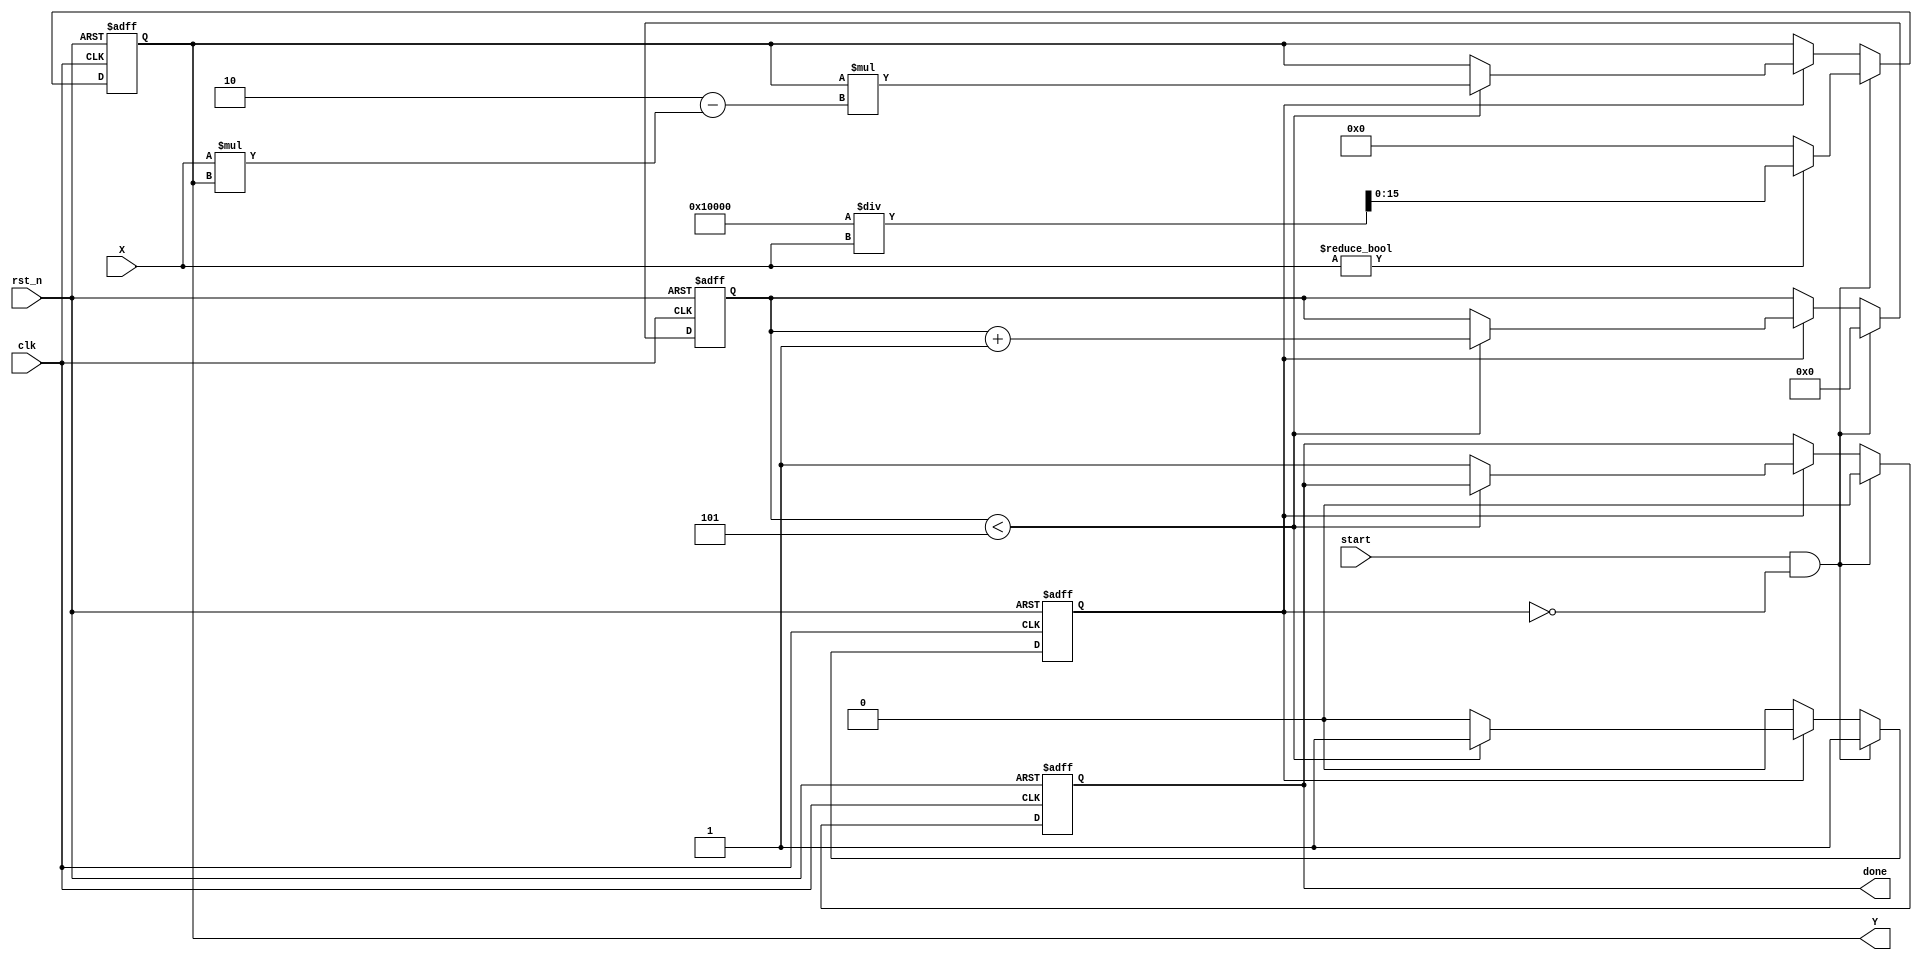
module iterative_reciprocal #(
    parameter WIDTH = 16,          // Width of input and output
    parameter ITERATIONS = 5       // Number of iterations for convergence
)(
    input  wire clk,               // Clock signal
    input  wire rst_n,             // Active low reset
    input  wire start,             // Start signal for computation
    input  wire [WIDTH-1:0] X,     // Input value for which reciprocal is computed
    output reg [WIDTH-1:0] Y,      // Output reciprocal value
    output reg done                // Done signal indicating completion
);

    reg [WIDTH-1:0] Y_n;           // Current estimate of reciprocal
    reg [3:0] iteration_count;      // Iteration counter
    reg computing;                  // Flag to indicate if computation is ongoing

    // Initial guess for reciprocal (1/X)
    always @(*) begin
        if (X != 0) begin
            Y_n = (1 << WIDTH) / X; // Initial guess: 1.0 in fixed-point representation
        end else begin
            Y_n = 0; // Handle division by zero case
        end
    end

    // Iterative computation process
    always @(posedge clk or negedge rst_n) begin
        if (!rst_n) begin
            Y <= 0;
            done <= 0;
            iteration_count <= 0;
            computing <= 0;
        end else if (start && !computing) begin
            // Start computation
            computing <= 1;
            iteration_count <= 0;
            Y <= Y_n; // Initialize Y with the initial guess
            done <= 0;
        end else if (computing) begin
            if (iteration_count < ITERATIONS) begin
                // Update Y using the Newton-Raphson formula
                Y <= Y * (2 - X * Y);
                iteration_count <= iteration_count + 1;
            end else begin
                // Finished computation
                done <= 1;
                computing <= 0;
            end
        end
    end

endmodule